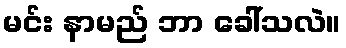
မင်း နာမည် ဘာ ခေါ်သလဲ။